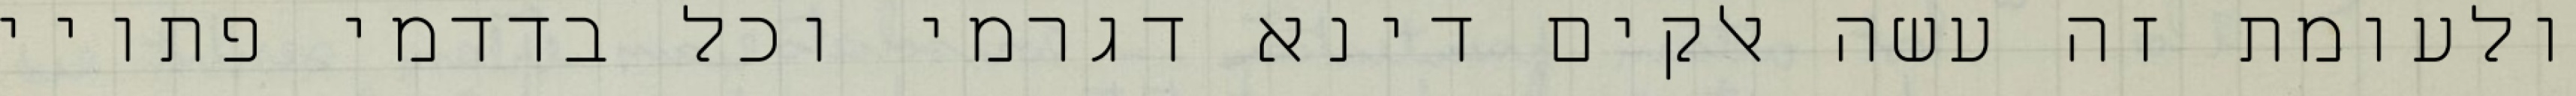
ולעומת זה עשה אלקים דינא דגרמי וכל בדדמי פתויי